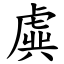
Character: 虡